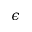
\epsilon